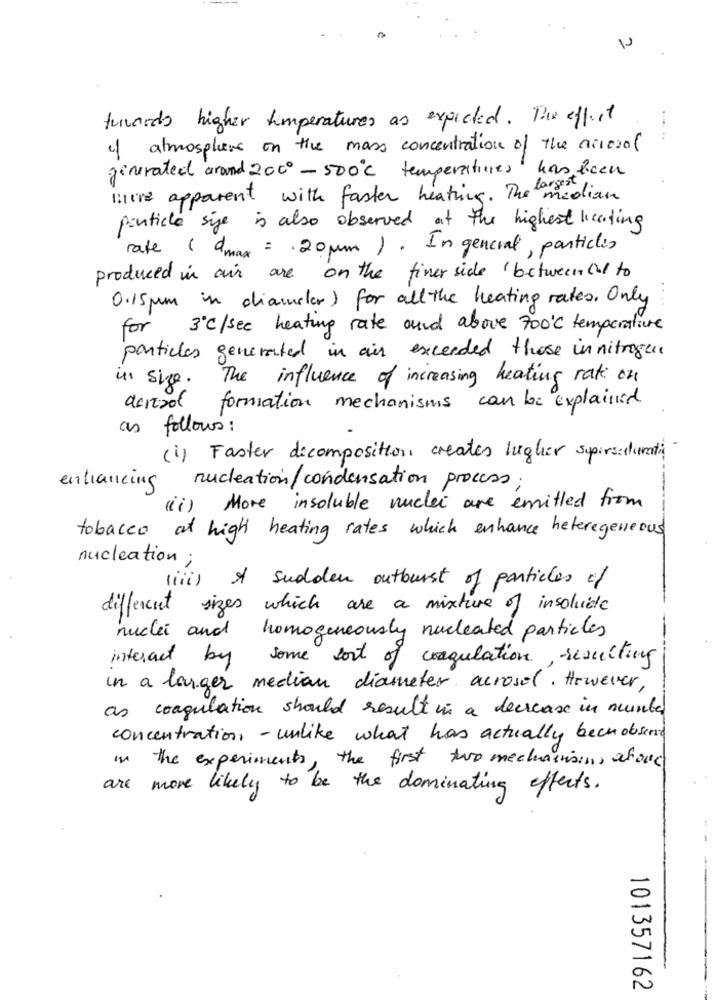
turwards higher temperatures as expected. The effect
of atmospliens on the mass concentration of the acceso(
generated around 2000 - 500℃ temperatives has been
livre apparent with faster heating. The med
largeindian
particle sige is also observed at the highest licaling
rate ( amax = 20mm ) . Ingencial, particles
produced in air are on the finer side ' between cal to
0.15mm in diameter ) for all the heating rates . Only
for 3℃/see heating rate aund above 700℃ temperature
particles generated in air exceeded those in nitrogen
in size.
The influence of increasing heating rate on
formation mechanisms can be explained
as follows :
(1) Faster decomposition creates higher supersichumanti-
entrancing
nucleation/condensation process ;
(ii) More insoluble nuclei are emitted from
tobacco at high heating rates which enhance heterogeneous
nucleation;
(iii) A sudden outburst of particles of
different sizes which are a mixture of insolude
nuclei and homogeneously nucleated particles
interact by some sort of coagulation, resulting
in a larger median diameter acrosol. However,
as coagulation should result in a decrease in number
concentration - unlike what has actually been observed
in the experiments, the first two mechainsing about
are
more likely to be the dominating effects.
-
101357162